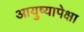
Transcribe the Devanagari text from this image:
आयुष्यापेक्षा